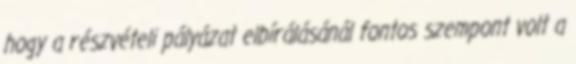
hogy a részvételi pályázat elbírálásánál fontos szempont volt a